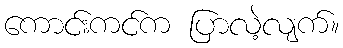
ကောင်းကင်က ပြာလဲ့လျက်။